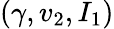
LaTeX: (\gamma,v_{2},I_{1})